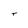
Character: t